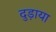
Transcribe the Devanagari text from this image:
दुड़ाया